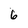
Character: 6